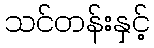
သင်တန်းနှင့်